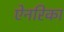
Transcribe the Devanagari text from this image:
ऐनरिका